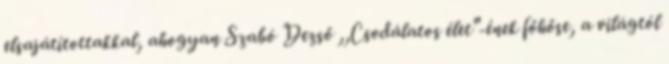
elsajátítottakkal, ahogyan Szabó Dezső ,,Csodálatos élet"-ének főhőse, a világtól